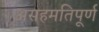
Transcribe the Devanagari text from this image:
असहमतिपूर्ण